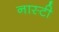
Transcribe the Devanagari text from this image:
नास्टी